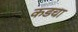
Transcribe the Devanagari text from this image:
कडचा